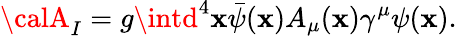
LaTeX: {\calA}_{I}=g\intd^{4}\mathbf{x}\bar{{\psi}}(\mathbf{x})A_{\mu}(\mathbf{x})\gamma^{\mu}\psi(\mathbf{x}).